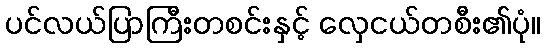
ပင်လယ်ပြာကြီးတစင်းနှင့် လှေငယ်တစီး၏ပုံ။